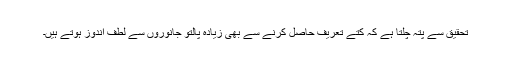
تحقیق سے پتہ چلتا ہے کہ کتے تعریف حاصل کرنے سے بھی زیادہ پالتو جانوروں سے لطف اندوز ہوتے ہیں۔